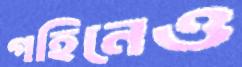
গহিনেও